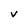
Character: V